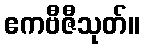
ဧကဗီဇီသုတ်။